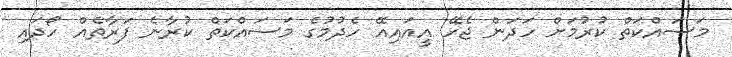
މަސައްކަތް ކުރުމަށް ހަދަން ޖެހޭ އީއައިއޭ ހެދުމުގެ މަސައްކަތް ކުރާނެ ފަރާތެއް ހޯދައި